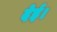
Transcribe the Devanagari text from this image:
देई।